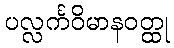
ပလ္လင်္ကဝိမာနဝတ္ထု